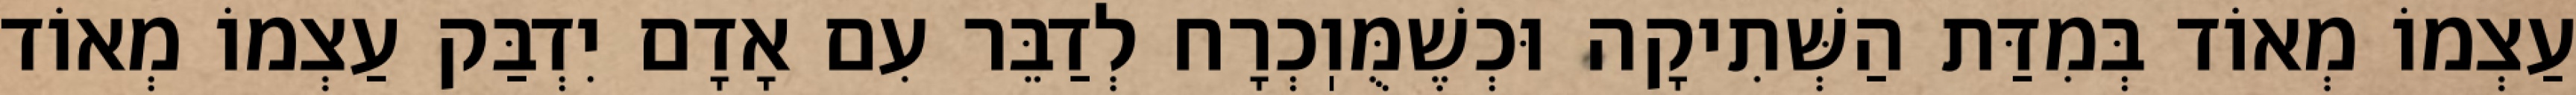
עַצְמוֹ מְאוֹד בְּמִדַּת הַשְּׁתִיקָה וּכְשֶׁמֻּוֽכְרָח לְדַבֵּר עִם אָדָם יִדְבַּק עַצְמוֹ מְאוֹד